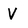
Character: V